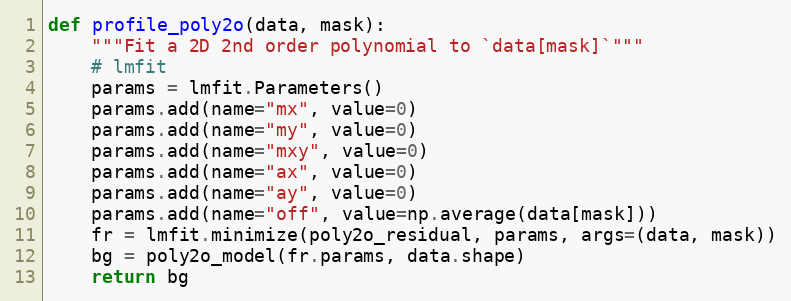
Language: Python
def profile_poly2o(data, mask):
    """Fit a 2D 2nd order polynomial to `data[mask]`"""
    # lmfit
    params = lmfit.Parameters()
    params.add(name="mx", value=0)
    params.add(name="my", value=0)
    params.add(name="mxy", value=0)
    params.add(name="ax", value=0)
    params.add(name="ay", value=0)
    params.add(name="off", value=np.average(data[mask]))
    fr = lmfit.minimize(poly2o_residual, params, args=(data, mask))
    bg = poly2o_model(fr.params, data.shape)
    return bg